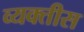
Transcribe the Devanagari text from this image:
व्‍यक्तीस